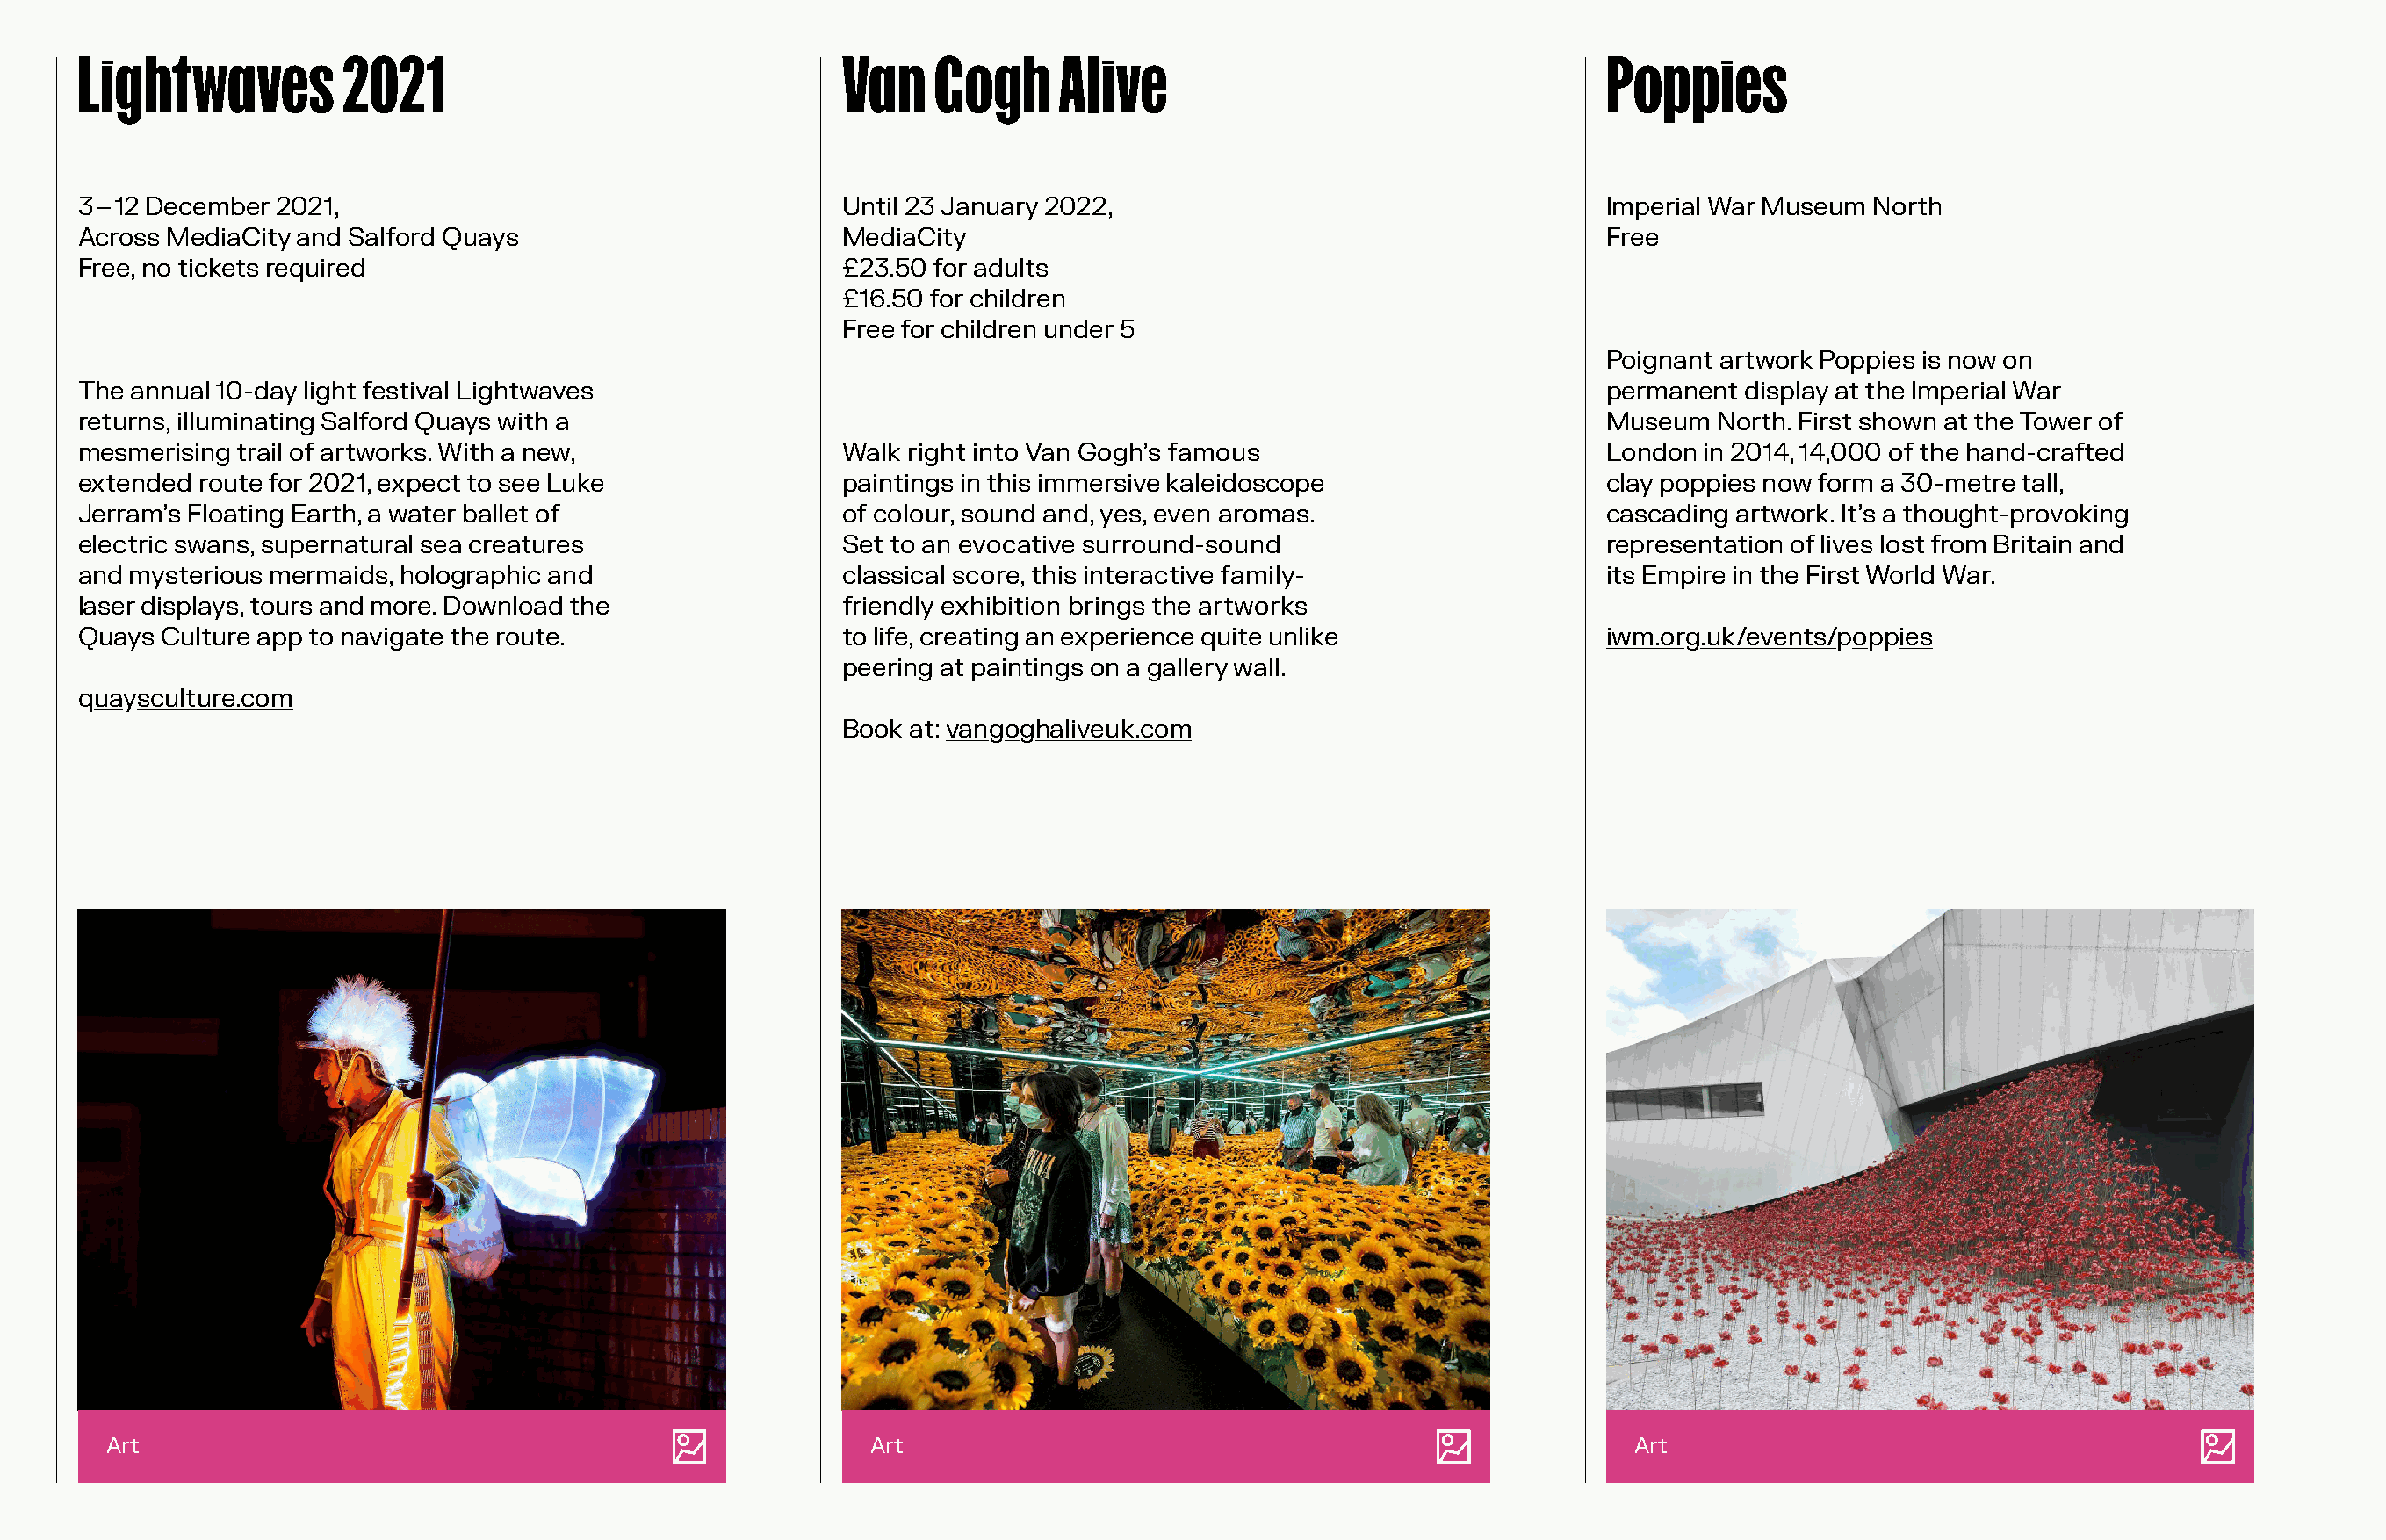
Lightwaves          2021                                 Van    Gogh      Alive                                    Poppies
 3 – 12 December 2021,                                    Until 23 January 2022,                                    Imperial War Museum North
 Across MediaCity and Salford Quays                       MediaCity                                                 Free
 Free, no tickets required                                £23.50 for adults
 £16.50 for children
 Free for children under 5
 Poignant artwork Poppies is now on
 The annual 10-day light festival Lightwaves                                                                        permanent  display at the Imperial War
 returns, illuminating Salford Quays with a                                                                         Museum  North. First shown at the Tower of
 mesmerising trail of artworks. With a new,               Walk right into Van Gogh’s famous                         London in 2014, 14,000 of the hand-crafted
 extended route for 2021, expect to see Luke              paintings in this immersive kaleidoscope                  clay poppies now form a 30-metre tall,
 Jerram’s Floating Earth, a water ballet of               of colour, sound and, yes, even aromas.                   cascading artwork. It’s a thought-provoking
 electric swans, supernatural sea creatures               Set to an evocative surround-sound                        representation of lives lost from Britain and
 and mysterious mermaids, holographic and                 classical score, this interactive family-                 its Empire in the First World War.
 laser displays, tours and more. Download the             friendly exhibition brings the artworks
 Quays Culture app to navigate the route.                 to life, creating an experience quite unlike              iwm.org.uk/events/poppies
 peering at paintings on a gallery wall.
 quaysculture.com
 Book  at: vangoghaliveuk.com
 Art                                                       Art                                                      Art